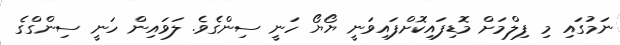
ނަމުގައި މި ފިލްމަށް މޮޑިފައިކޮށްފައިވަނީ ޔޯޔޯ ހަނީ ސިންގެވެ. ލަވައިން ހަނީ ސިންގްގެ